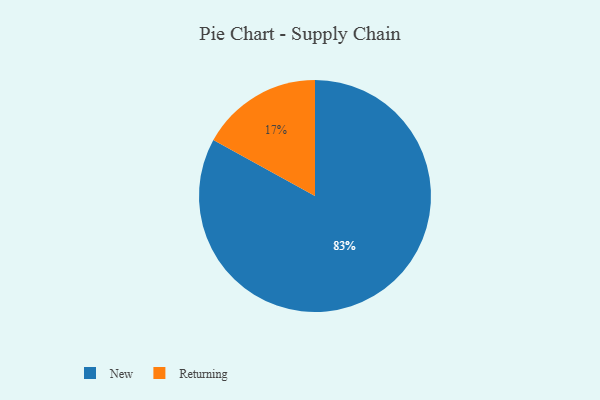
{"axis": {"x": "Category", "y": "Percentage"}, "legend": ["New", "Returning"], "data": [{"x": "New", "y": 83, "type": "New"}, {"x": "Returning", "y": 17, "type": "Returning"}]}